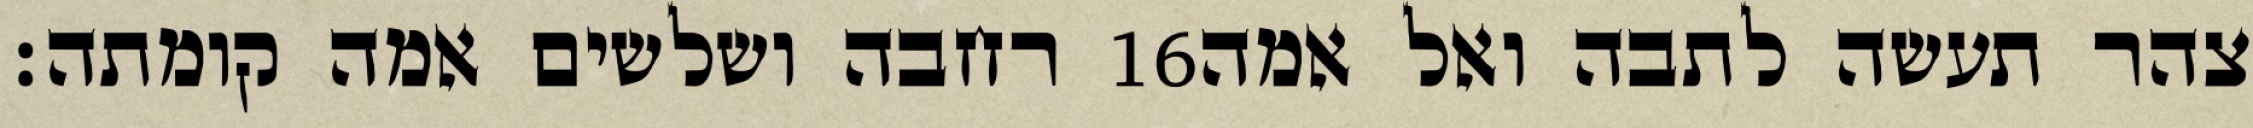
רחבה ושלשים אמה קומתה׃ ‎16‏ צהר תעשה לתבה ואל אמה